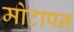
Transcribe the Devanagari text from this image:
मोटापन